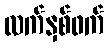
လက်နှစ်ဖက်